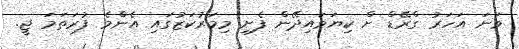
ވަނަ އަހަރު ގްރޭޑް ށް ކިޔަވައިދޭން ފެށި މިމަރުކަޒުގައި އެންމެ ފުރަތަމަ ޖީ.